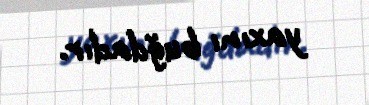
yaxını buğdadır.